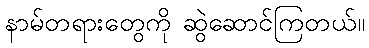
နာမ်တရားတွေကို ဆွဲဆောင်ကြတယ်။